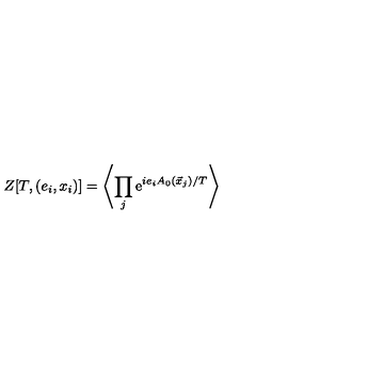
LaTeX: Z [ T , ( e _ { i } , x _ { i } ) ] = \left\langle \prod _ { j } \mathrm { e } ^ { i e _ { i } A _ { 0 } ( \vec { x } _ { j } ) / T } \right\rangle